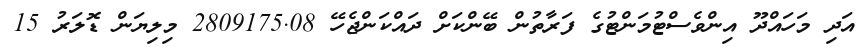
އަދި މަހައްދޫ އިންވެސްޓުމަންޓުގެ ފަރާތުން ބޭންކަށް ދައްކަންޖެހޭ 2809175.08 މިލިޔަން ޑޮލަރު 15